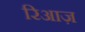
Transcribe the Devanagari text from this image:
रिआज़